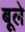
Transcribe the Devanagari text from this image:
बूले